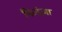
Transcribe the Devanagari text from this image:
फिदंज़ा